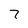
Character: 7